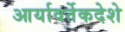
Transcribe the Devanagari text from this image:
आर्यावर्तेकदेशे